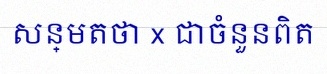
សន្មតថា x ជាចំនួនពិត